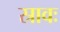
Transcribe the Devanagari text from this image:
स्रावः